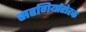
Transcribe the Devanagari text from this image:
सहगिर्यारोहक